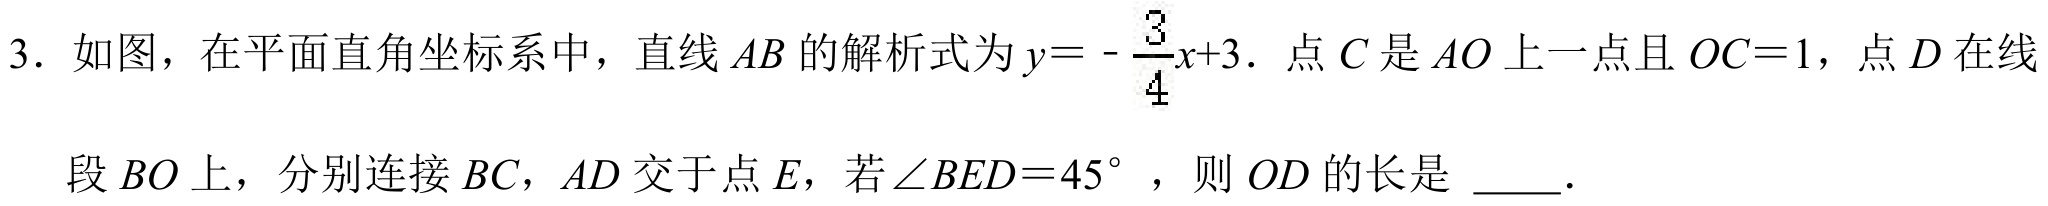
3. 如图，在平面直角坐标系中，直线\(AB\)的解析式为\(y = -\frac{3}{4}x + 3\)．点\(C\)是\(AO\)上一点且\(OC = 1\)，点\(D\)在线段\(BO\)上，分别连接\(BC\)，\(AD\)交于点\(E\)，若\(\angle BED = 45^{\circ}\)，则\(OD\)的长是 \_\_\_．